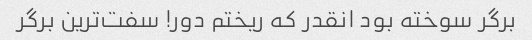
برگر سوخته بود انقدر که ریختم دور! سفت‌ترین برگر